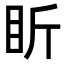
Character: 盺